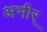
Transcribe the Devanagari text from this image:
अभीर्